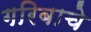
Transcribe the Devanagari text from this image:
गरिबाचे